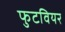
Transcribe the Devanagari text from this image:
फुटवियर